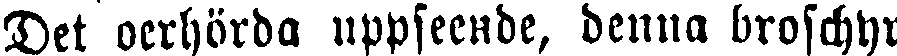
Det oerhörda uppseende, denna broschyr